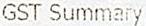
GST SUMMARY